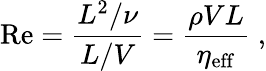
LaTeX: \mathrm{Re}=\frac{L^{2}/\nu}{L/V}=\frac{\rho VL}{\eta_{\mathrm{eff}}}\; ,